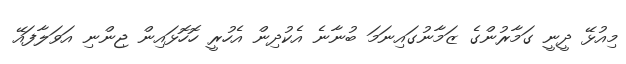
މިއުޅޭ ދީނީ ގަމާރުންގެ ޒަމާނުގައިނަމަ ބުނާނެ އެކުދިން އެހުރީ ހޮހޮޅައިން ޖިންނި އަވަލާފައޭ